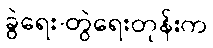
ခွဲရေး-တွဲရေးတုန်းက